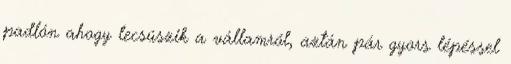
padlón ahogy lecsúszik a vállamról, aztán pár gyors lépéssel